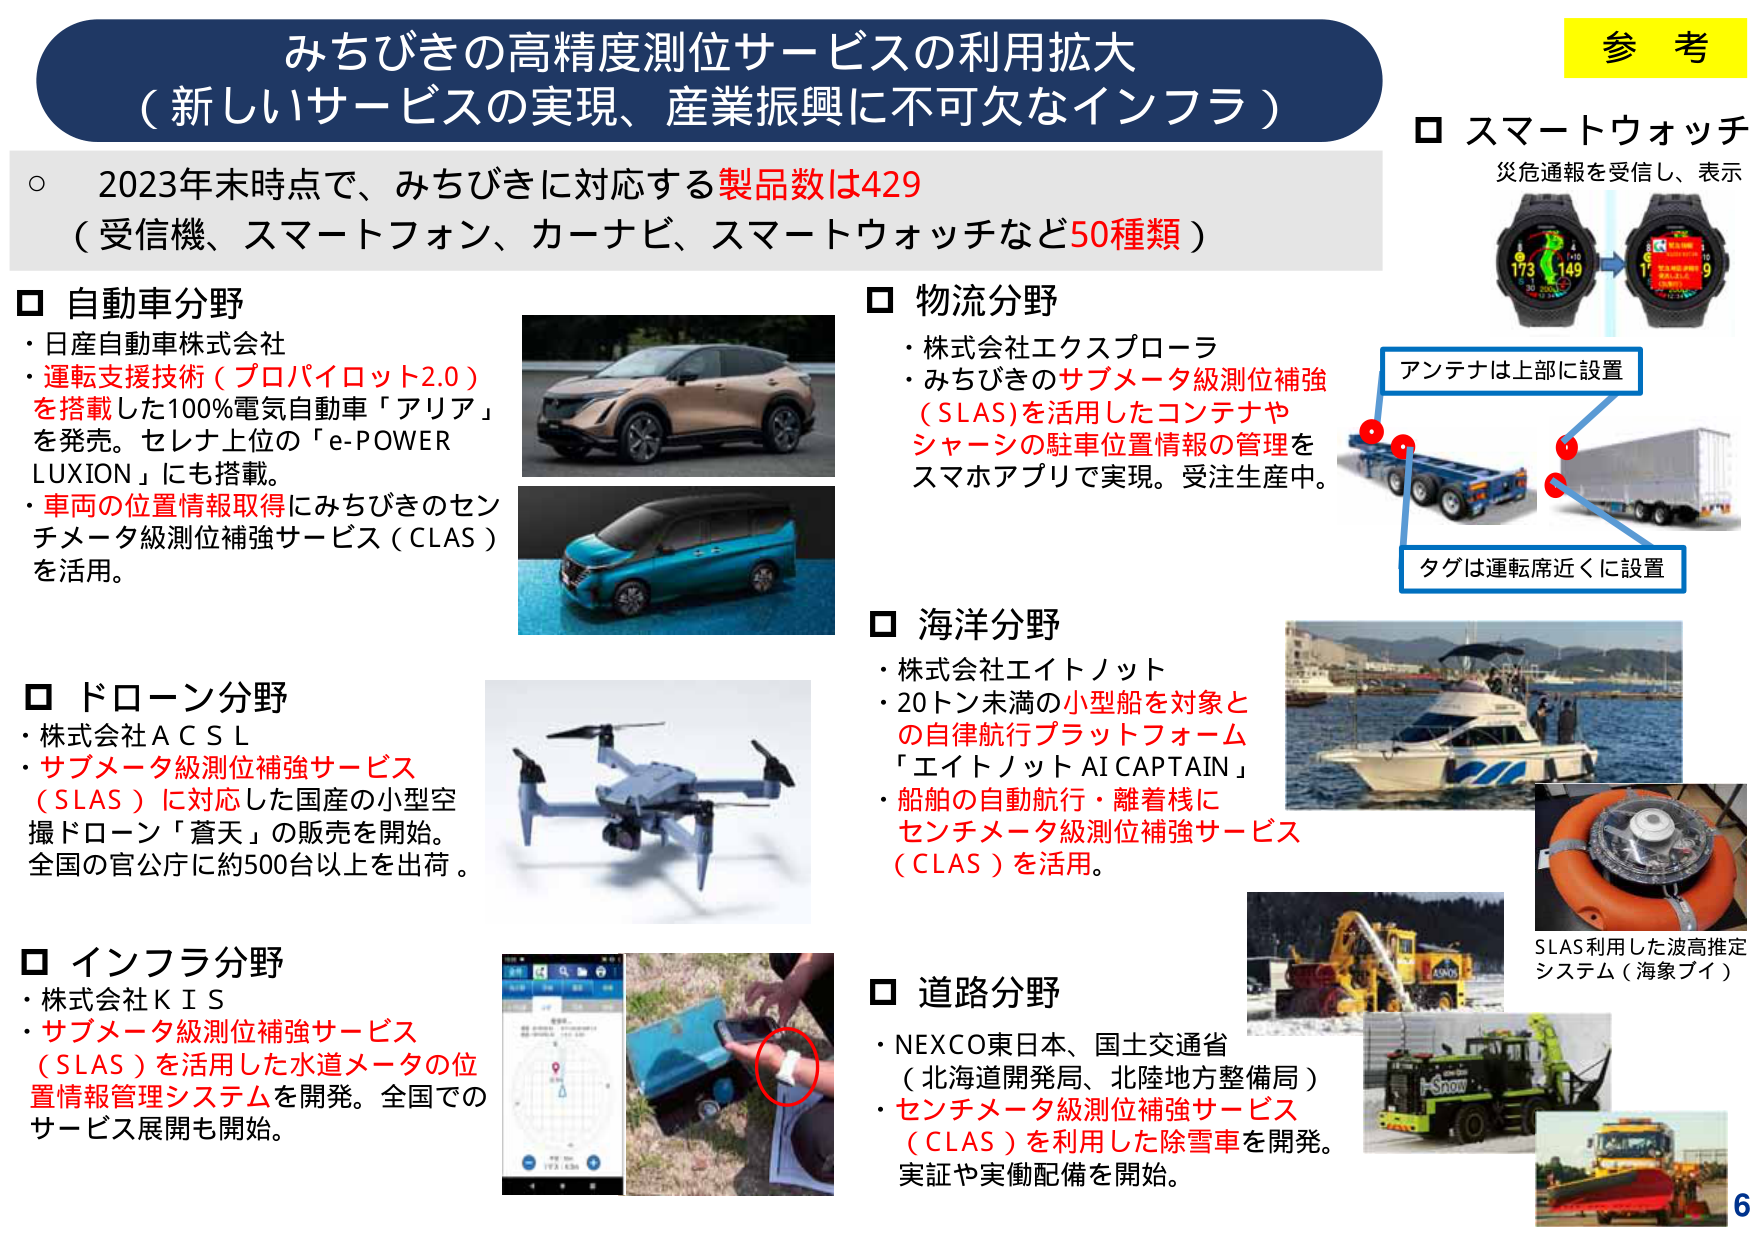
みちびきの高精度測位サービスの利用拡大
（新しいサービスの実現、産業振興に不可欠なインフラ）

○ 2023年末時点で、みちびきに対応する製品数は429
（受信機、スマートフォン、カーナビ、スマートウォッチなど50種類）

□ 自動車分野
・日産自動車株式会社
・運転支援技術（プロパイロット2.0）
を搭載した100%電気自動車「アリア」
を発売。セレナ上位の「e-POWER LUXION」にも搭載。
・車両の位置情報取得にみちびきのセンチメータ級測位補強サービス（CLAS）
を活用。

□ ドローン分野
・株式会社ＡＣＳＬ
・サブメータ級測位補強サービス（SLAS）に対応した国産の小型空撮ドローン「蒼天」の販売を開始。
全国の官公庁に約500台以上を出荷。

□ インフラ分野
・株式会社ＫＩＳ
・サブメータ級測位補強サービス（SLAS）を活用した水道メータの位置情報管理システムを開発。全国でのサービス展開も開始。

□ 物流分野
・株式会社エクスプローラ
・みちびきのサブメータ級測位補強（SLAS）を活用したコンテナやシャーシの駐車位置情報の管理をスマホアプリで実現。受注生産中。

□ 海洋分野
・株式会社エイトノット
・20トン未満の小型船を対象との自律航行プラットフォーム「エイトノット AI CAPTAIN」
・船舶の自動航行・離着桟にセンチメータ級測位補強サービス（CLAS）を活用。

□ 道路分野
・NEXCO東日本、国土交通省（北海道開発局、北陸地方整備局）
・センチメータ級測位補強サービス（CLAS）を利用した除雪車を開発。実証や実働配備を開始。

参 考
□ スマートウォッチ
災害通報を受信し、表示

アンテナは上部に設置
タグは運転席近くに設置

SLAS利用した波高推定システム（海象ブイ）

6